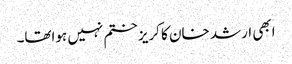
ابھی ارشد خان کا کریز ختم نہیں ہواتھا۔